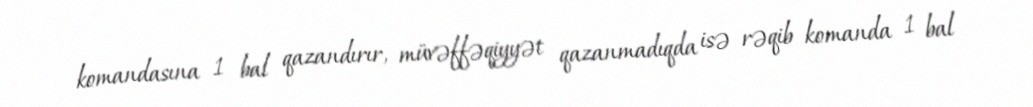
komandasına 1 bal qazandırır, müvəffəqiyyət qazanmadıqda isə rəqib komanda 1 bal